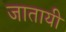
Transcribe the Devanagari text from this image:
जातायी